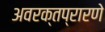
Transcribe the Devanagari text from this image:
अवरक्तप्रारणे